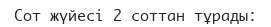
Сот жүйесі 2 соттан тұрады: